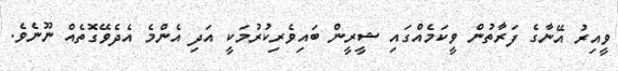
ވީއިރު އޭނާގެ ފަރާތުން ވީކަމެއްގައި ޝީރީން ބައިވެރިކުރުމަކީ އަދި އެންމެ އެދެވޭގޮތެއް ނޫނެވެ.